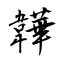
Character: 韡